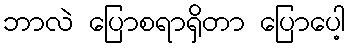
ဘာလဲ ပြောစရာရှိတာ ပြောပေါ့